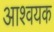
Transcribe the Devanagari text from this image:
आश्वयक